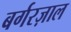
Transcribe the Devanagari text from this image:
बर्गरज़ाल